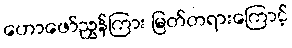
ဟောဖော်ညွှန်ကြား မြတ်တရားကြောင့်